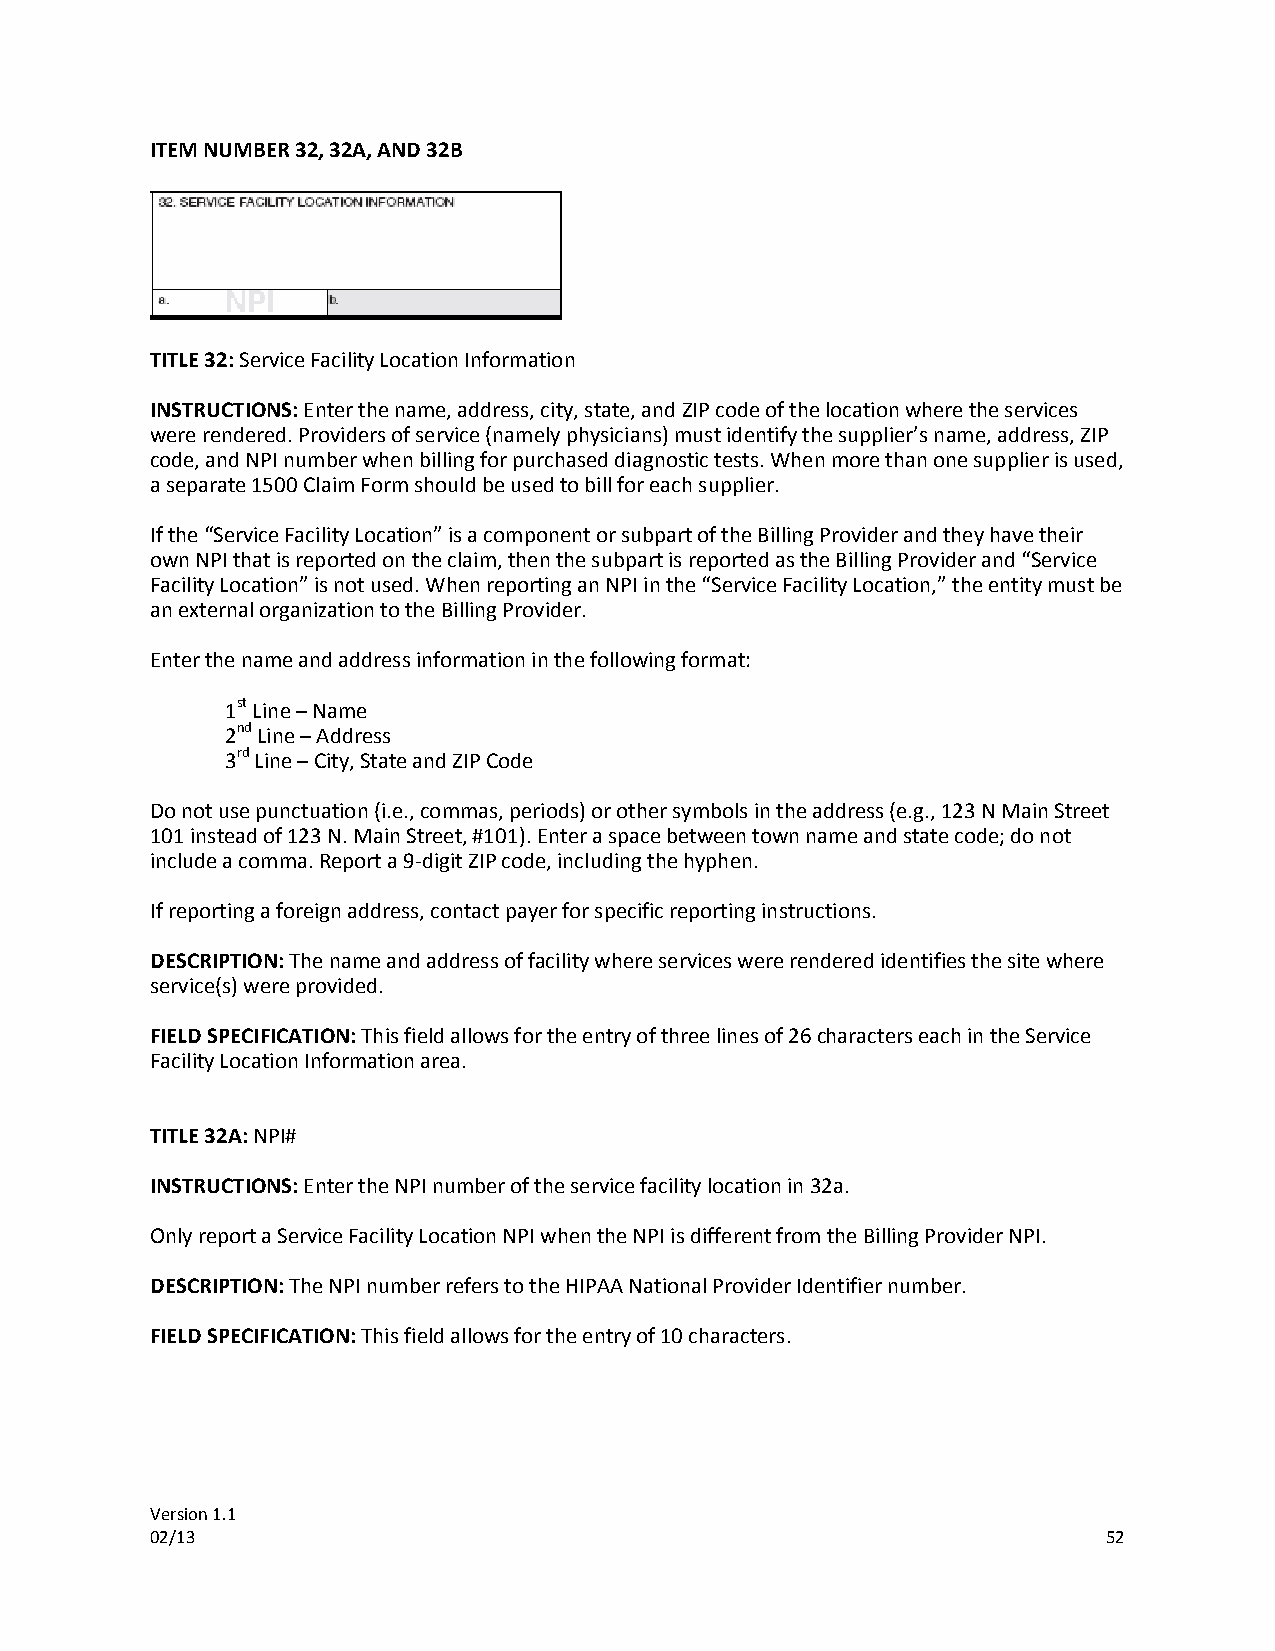
ITEM NUMBER 32, 32A, AND 32B
 TITLE 32: Service Facility Location Information
 INSTRUCTIONS: Enter the name, address, city, state, and ZIP code of the location where the services
 were rendered. Providers of service (namely physicians) must identify the supplier’s name, address, ZIP
 code, and NPI number when billing for purchased diagnostic tests. When more than one supplier is used,
 a separate 1500 Claim Form should be used to bill for each supplier.
 If the “Service Facility Location” is a component or subpart of the Billing Provider and they have their
 own NPI that is reported on the claim, then the subpart is reported as the Billing Provider and “Service
 Facility Location” is not used. When reporting an NPI in the “Service Facility Location,” the entity must be
 an external organization to the Billing Provider.
 Enter the name and address information in the following format:
 1st Line – Name
 2nd Line – Address
 3rd Line – City, State and ZIP Code
 Do not use punctuation (i.e., commas, periods) or other symbols in the address (e.g., 123 N Main Street
 101 instead of 123 N. Main Street, #101). Enter a space between town name and state code; do not
 include a comma. Report a 9-digit ZIP code, including the hyphen.
 If reporting a foreign address, contact payer for specific reporting instructions.
 DESCRIPTION: The name and address of facility where services were rendered identifies the site where
 service(s) were provided.
 FIELD SPECIFICATION: This field allows for the entry of three lines of 26 characters each in the Service
 Facility Location Information area.
 TITLE 32A: NPI#
 INSTRUCTIONS: Enter the NPI number of the service facility location in 32a.
 Only report a Service Facility Location NPI when the NPI is different from the Billing Provider NPI.
 DESCRIPTION: The NPI number refers to the HIPAA National Provider Identifier number.
 FIELD SPECIFICATION: This field allows for the entry of 10 characters.
 Version 1.1
 02/13                                                          52